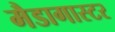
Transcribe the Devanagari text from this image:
मैडागास्टर